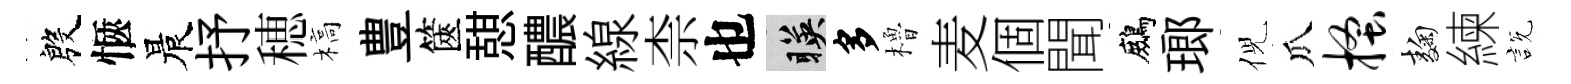
殷愜晨抒穂槁豊篋憇醲線柰也暎多櫓麦個聞鷓瑯倪瓜搔麹練説